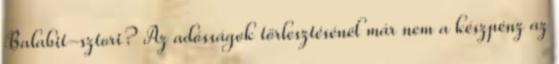
Balabit-sztori? Az adósságok törlesztésénél már nem a készpénz az